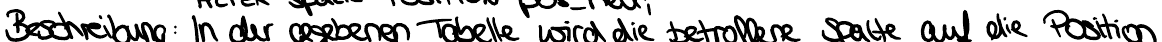
Beschreibung: In der angegebenen Tabelle wird die betroffende Spalte auf die Position